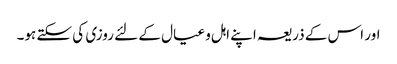
اور اس کے ذریعہ اپنے اہل و عیال کے لئے روزی کی سکتے ہو۔